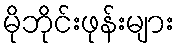
မိုဘိုင်းဖုန်းများ